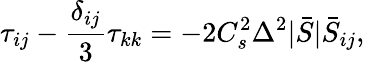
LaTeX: \tau_{ij}-\frac{\delta_{ij}}{3}\tau_{kk}=-2C_{s}^{2}\Delta^{2}|\bar{S}|\bar{S}_{ij},